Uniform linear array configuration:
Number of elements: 16
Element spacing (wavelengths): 0.25
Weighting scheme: hann
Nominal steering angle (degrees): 60
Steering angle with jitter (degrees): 58.356
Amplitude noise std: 0.05
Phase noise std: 0.05

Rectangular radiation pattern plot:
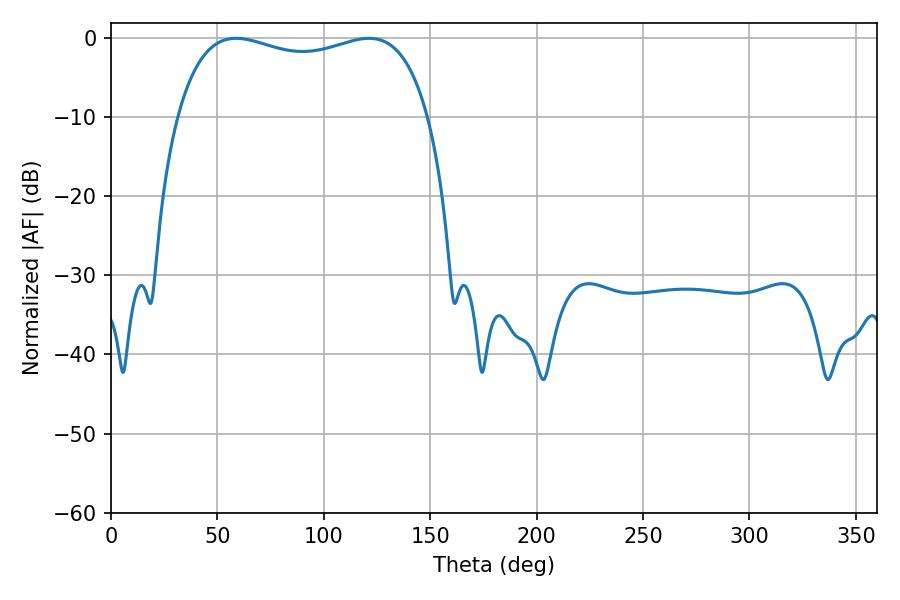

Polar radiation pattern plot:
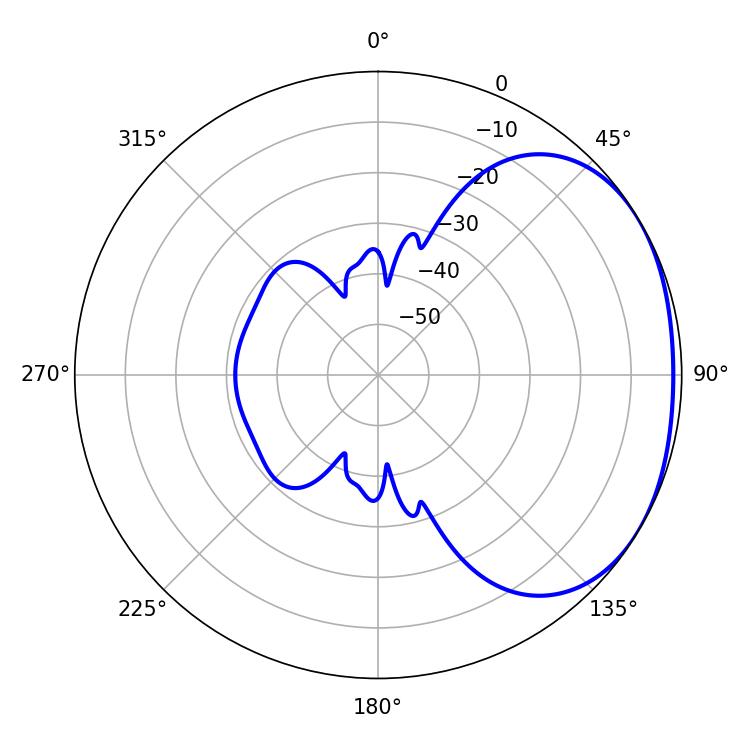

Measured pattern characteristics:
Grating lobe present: FALSE
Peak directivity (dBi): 1.87
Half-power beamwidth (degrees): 96.84
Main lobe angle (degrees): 58.68